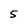
Character: 5